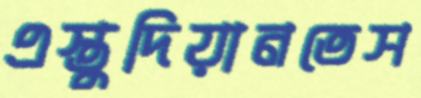
এস্তুদিয়ানতেস